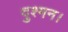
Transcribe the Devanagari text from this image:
दुश्मन।